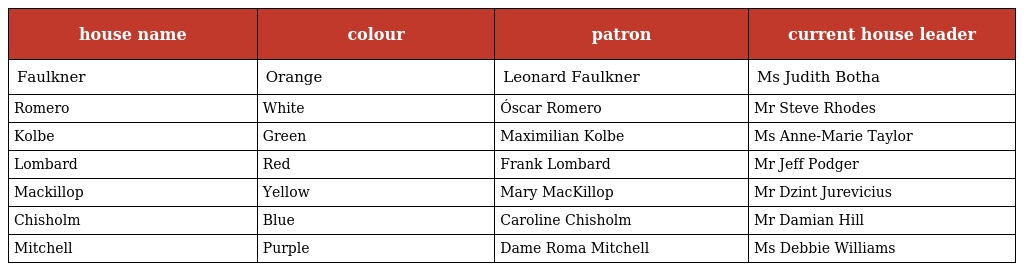
| house name | colour | patron | current house leader |
 | --- | --- | --- | --- |
 | Faulkner | Orange | Leonard Faulkner | Ms Judith Botha |
 | Romero | White | Óscar Romero | Mr Steve Rhodes |
 | Kolbe | Green | Maximilian Kolbe | Ms Anne-Marie Taylor |
 | Lombard | Red | Frank Lombard | Mr Jeff Podger |
 | Mackillop | Yellow | Mary MacKillop | Mr Dzint Jurevicius |
 | Chisholm | Blue | Caroline Chisholm | Mr Damian Hill |
 | Mitchell | Purple | Dame Roma Mitchell | Ms Debbie Williams |